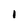
Character: I